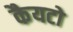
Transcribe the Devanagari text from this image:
कैयटो